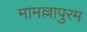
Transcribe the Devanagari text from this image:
मामल्लापुरम